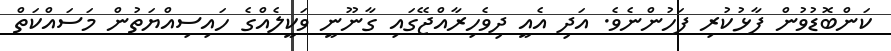
ކަންބޮޑުވުން ފާޅުކުރި ފަހުންނެވެ. އަދި އެއީ ދިވެހިރާއްޖޭގައި ގާނޫނީ ވަކީލެއްގެ ހައިސިއްޔަތުން މަސައްކަތް